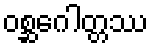
ဝစ္ဆဂေါတ္တဿ